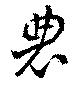
農